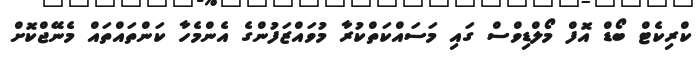
ކްރިކެޓް ބޯޑް އޮފް މޯލްޑިވްސް ގައި މަސައްކަތްކުރާ މުވައްޒަފުންގެ އެންމެހާ ކަންތައްތައް މެނޭޖްކޮށް